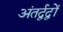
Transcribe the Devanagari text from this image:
अंतर्द्वद्वों